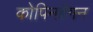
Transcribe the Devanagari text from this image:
कोपिनहैगन